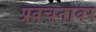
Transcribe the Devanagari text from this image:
प्रवचनावर